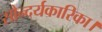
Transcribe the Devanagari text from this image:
सौन्दर्यकारिका।